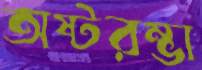
অষ্টরম্ভা